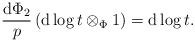
LaTeX: \begin{align*}\frac{\mathrm{d} \Phi_2}{p}\left(\mathrm{d}\log t \otimes_{\Phi} 1\right) = \mathrm{d}\log t.\end{align*}